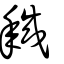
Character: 𢧚